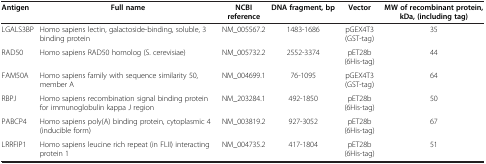
<table><thead><tr><td><b>Antigen</b></td><td><b>Full name</b></td><td><b>NCBI reference</b></td><td><b>DNA fragment, bp</b></td><td><b>Vector</b></td><td><b>MW of recombinant protein, kDa, (including tag)</b></td></tr></thead><tbody><tr><td>LGALS3BP</td><td>Homo sapiens lectin, galactoside-binding, soluble, 3 binding protein</td><td>NM_005567.2</td><td>1483-1686</td><td>pGEX4T3 (GST-tag)</td><td>35</td></tr><tr><td>RAD50</td><td>Homo sapiens RAD50 homolog (S. cerevisiae)</td><td>NM_005732.2</td><td>2552-3374</td><td>pET28b (6His-tag)</td><td>44</td></tr><tr><td>FAM50A</td><td>Homo sapiens family with sequence similarity 50, member A</td><td>NM_004699.1</td><td>76-1095</td><td>pGEX4T3 (GST-tag)</td><td>64</td></tr><tr><td>RBPJ</td><td>Homo sapiens recombination signal binding protein for immunoglobulin kappa J region</td><td>NM_203284.1</td><td>492-1850</td><td>pET28b (6His-tag)</td><td>50</td></tr><tr><td>PABCP4</td><td>Homo sapiens poly(A) binding protein, cytoplasmic 4 (inducible form)</td><td>NM_003819.2</td><td>927-3052</td><td>pET28b (6His-tag)</td><td>67</td></tr><tr><td>LRRFIP1</td><td>Homo sapiens leucine rich repeat (in FLII) interacting protein 1</td><td>NM_004735.2</td><td>417-1804</td><td>pET28b (6His-tag)</td><td>51</td></tr></tbody></table>